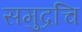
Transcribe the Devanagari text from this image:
समुद्रचि